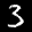
Label: 3